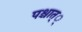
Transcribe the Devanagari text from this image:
पश्चात््